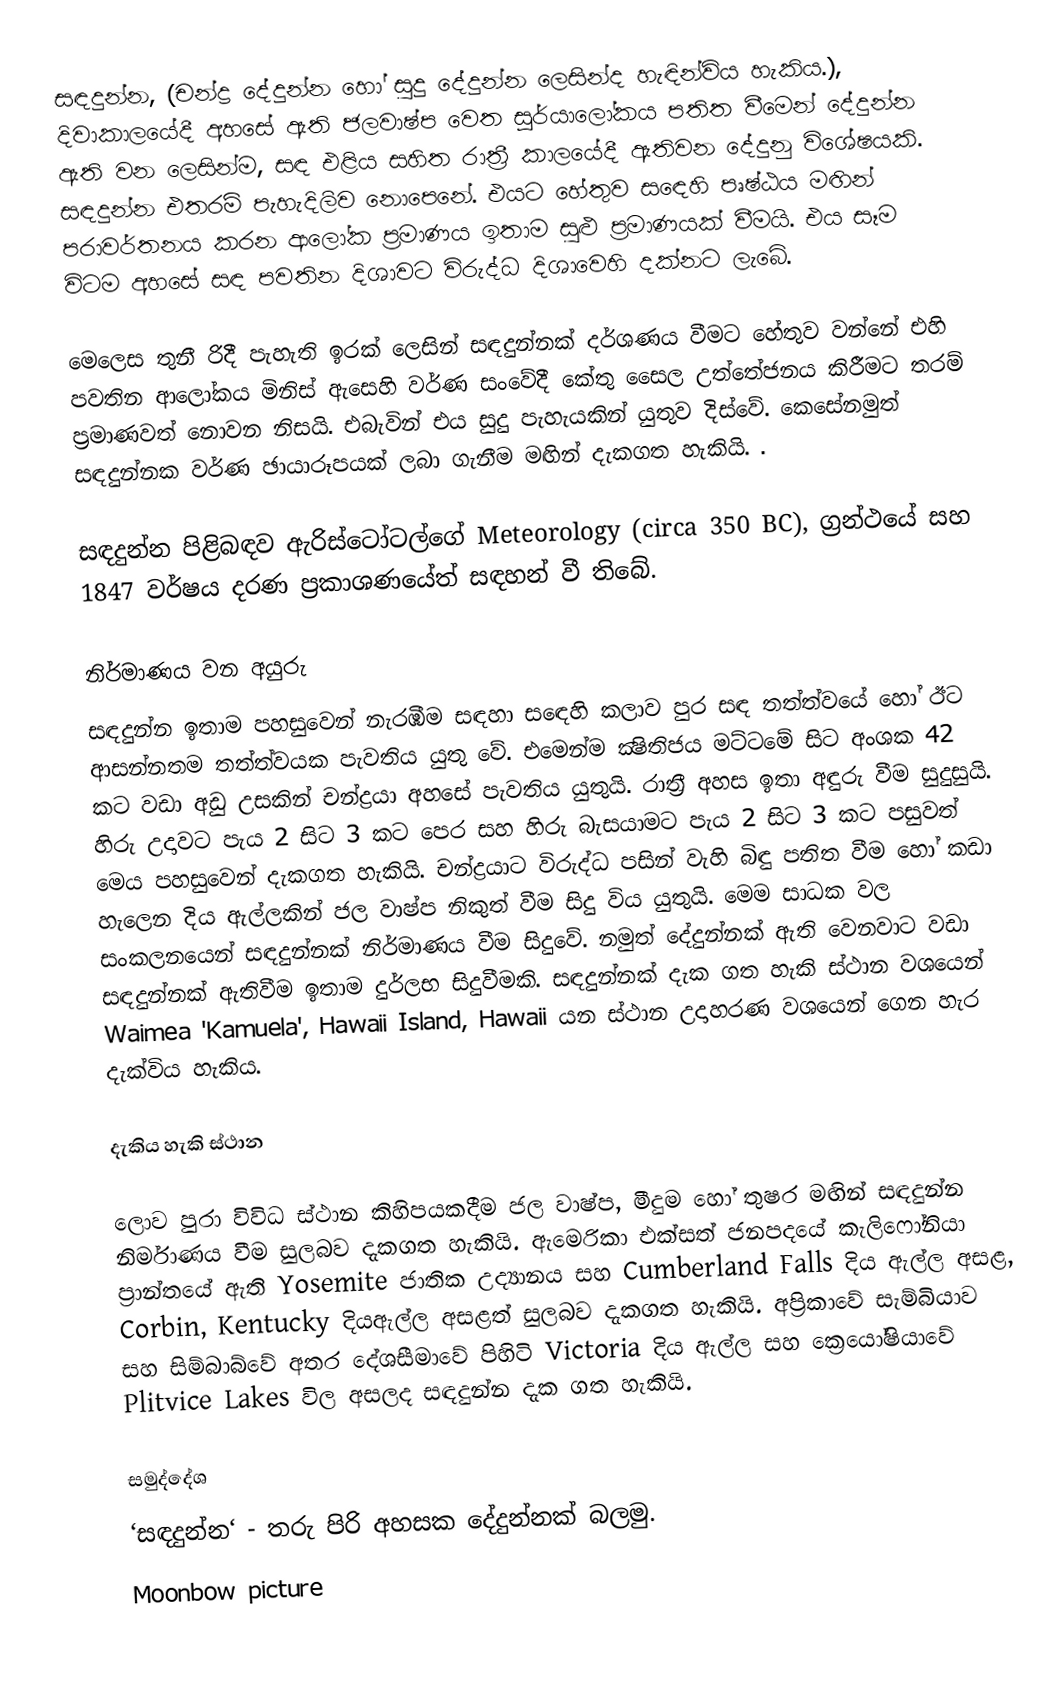
සඳදුන්න, (චන්ද්‍ර දේදුන්න හෝ  සුදු දේදුන්න ලෙසින්ද හැඳින්විය හැකිය.), දිවාකාලයේදී අහසේ ඇති ජලවාෂ්ප වෙත සූර්යාලෝකය පතිත වීමෙන් දේදුන්න ඇති වන ලෙසින්ම, සඳ එළිය සහිත රාත්‍රී කාලයේදී ඇතිවන දේදුනු විශේෂයකි. සඳදුන්න එතරම් පැහැදිලිව නොපෙනේ. එයට හේතුව සඳෙහි පෘෂ්ඨය මඟින් පරාවර්තනය කරන ආලෝක ප්‍රමාණය ඉතාම සුළු ප්‍රමාණයක් වීමයි. එය සෑම විටම අහසේ සඳ පවතින දිශාවට විරුද්ධ දිශාවෙහි දක්නට ලැබේ.

මෙලෙස තුනී රිදී පැහැති ඉරක් ලෙසින් සඳදුන්නක් දර්ශණය වීමට හේතුව වන්නේ එහි පවතින ආලෝකය මිනිස් ඇසෙහි වර්ණ සංවේදී කේතු සෛල උත්තේජනය කිරීමට තරම් ප්‍රමාණවත් නොවන නිසයි. එබැවින් එය සුදු පැහැයකින් යුතුව දිස්වේ. කෙසේනමුත් සඳදුන්නක වර්ණ ඡායාරූපයක් ලබා ගැනීම මඟින් දැකගත හැකියි. .

සඳදුන්න පිළිබඳව ඇරිස්ටෝටල්ගේ Meteorology (circa 350 BC), ග්‍රන්ථයේ සහ 1847 වර්ෂය දරණ ප්‍රකාශණයේත් සඳහන් වී තිබේ.

නිර්මාණය වන අයුරු
සඳදුන්න ඉතාම පහසුවෙන් නැරඹීම සඳහා සඳෙහි කලාව පුර සඳ තත්ත්වයේ හෝ ඊට ආසන්නතම තත්ත්වයක පැවතිය යුතු වේ. එමෙන්ම ක්‍ෂිතිජය මට්ටමේ සිට අංශක 42 කට වඩා අඩු උසකින් චන්ද්‍රයා අහසේ පැවතිය යුතුයි. රාත්‍රී අහස ඉතා අඳුරු වීම සුදුසුයි. හිරු උදාවට පැය 2 සිට 3 කට පෙර සහ හිරු බැසයාමට පැය 2 සිට 3 කට පසුවත් මෙය පහසුවෙන් දැකගත හැකියි. චන්ද්‍රයාට විරුද්ධ පසින් වැහි බිඳු පතිත වීම හෝ කඩා හැලෙන දිය ඇල්ලකින් ජල වාෂ්ප නිකුත් වීම සිදු විය යුතුයි. මෙම සාධක වල සංකලනයෙන් සඳදුන්නක් නිර්මාණය වීම සිදුවේ. නමුත් දේදුන්නක් ඇති වෙනවාට වඩා සඳදුන්නක් ඇතිවීම ඉතාම දුර්ලභ සිදුවීමකි. සඳදුන්නක් දැක ගත හැකි ස්ථාන වශයෙන් Waimea 'Kamuela', Hawaii Island, Hawaii යන ස්ථාන උදාහරණ වශයෙන් ගෙන හැර දැක්විය හැකිය.

දැකිය හැකි ස්ථාන

ලොව පුරා විවිධ ස්ථාන කිහිපයකදීම ජල වාෂ්ප, මීදුම හෝ තුෂර මඟින් සඳදුන්න නිර්මාණය වීම සුලබව දැකගත හැකියි. ඇමෙරිකා එක්සත් ජනපදයේ කැලිෆෝනියා ප්‍රාන්තයේ ඇති Yosemite ජාතික උද්‍යානය සහ Cumberland Falls දිය ඇල්ල අසළ, Corbin, Kentucky දියඇල්ල අසළත් සුලබව දැකගත හැකියි. අප්‍රිකාවේ සැම්බියාව සහ සිම්බාබ්වේ අතර දේශසීමාවේ පිහිටි Victoria දිය ඇල්ල සහ ක්‍රෙයෝෂියාවේ Plitvice Lakes විල අසලද සඳදුන්න දැක ගත හැකියි.

සමුද්දේශ
‘සඳදුන්න‘ - තරු පිරි අහසක දේදුන්නක් බලමු.
Moonbow picture